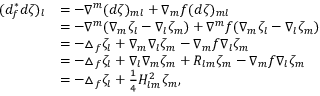
\begin{array} { r l } { ( d _ { f } ^ { * } d \zeta ) _ { l } } & { = - \nabla ^ { m } ( d \zeta ) _ { m l } + \nabla _ { m } f ( d \zeta ) _ { m l } } \\ & { = - \nabla ^ { m } ( \nabla _ { m } \zeta _ { l } - \nabla _ { l } \zeta _ { m } ) + \nabla ^ { m } f ( \nabla _ { m } \zeta _ { l } - \nabla _ { l } \zeta _ { m } ) } \\ & { = - \triangle _ { f } \zeta _ { l } + \nabla _ { m } \nabla _ { l } \zeta _ { m } - \nabla _ { m } f \nabla _ { l } \zeta _ { m } } \\ & { = - \triangle _ { f } \zeta _ { l } + \nabla _ { l } \nabla _ { m } \zeta _ { m } + R _ { l m } \zeta _ { m } - \nabla _ { m } f \nabla _ { l } \zeta _ { m } } \\ & { = - \triangle _ { f } \zeta _ { l } + \frac { 1 } { 4 } H _ { l m } ^ { 2 } \zeta _ { m } , } \end{array}